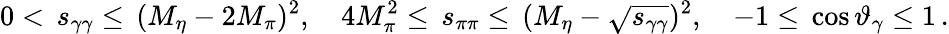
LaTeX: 0<\, s_{\gamma\gamma}\leq\, (M_{\eta}-2M_{\pi})^{2},\quad 4M_{\pi}^{2}\leq\, s_{\pi\pi}\leq\, (M_{\eta}-\sqrt{s_{\gamma\gamma}})^{2},\quad-1\leq\, \cos\vartheta_{\gamma}\leq 1\, .